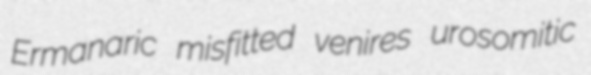
Ermanaric misfitted venires urosomitic